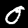
Label: 0